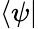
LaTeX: \langle\psi|